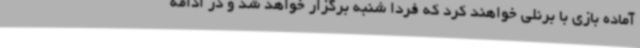
آماده بازی با برنلی خواهند کرد که فردا شنبه برگزار خواهد شد و در ادامه